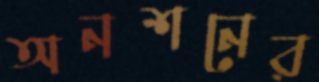
অনশনের